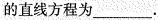
的直线方程为___.